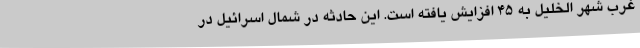
غرب شهر الخلیل به 45 افزایش یافته است. این حادثه در شمال اسرائیل در